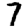
Digit: 7